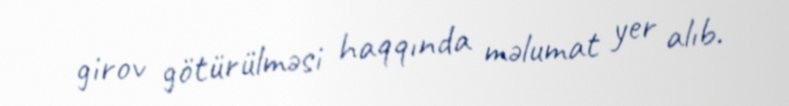
girov götürülməsi haqqında məlumat yer alıb.